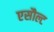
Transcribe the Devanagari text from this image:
एसौल्ट